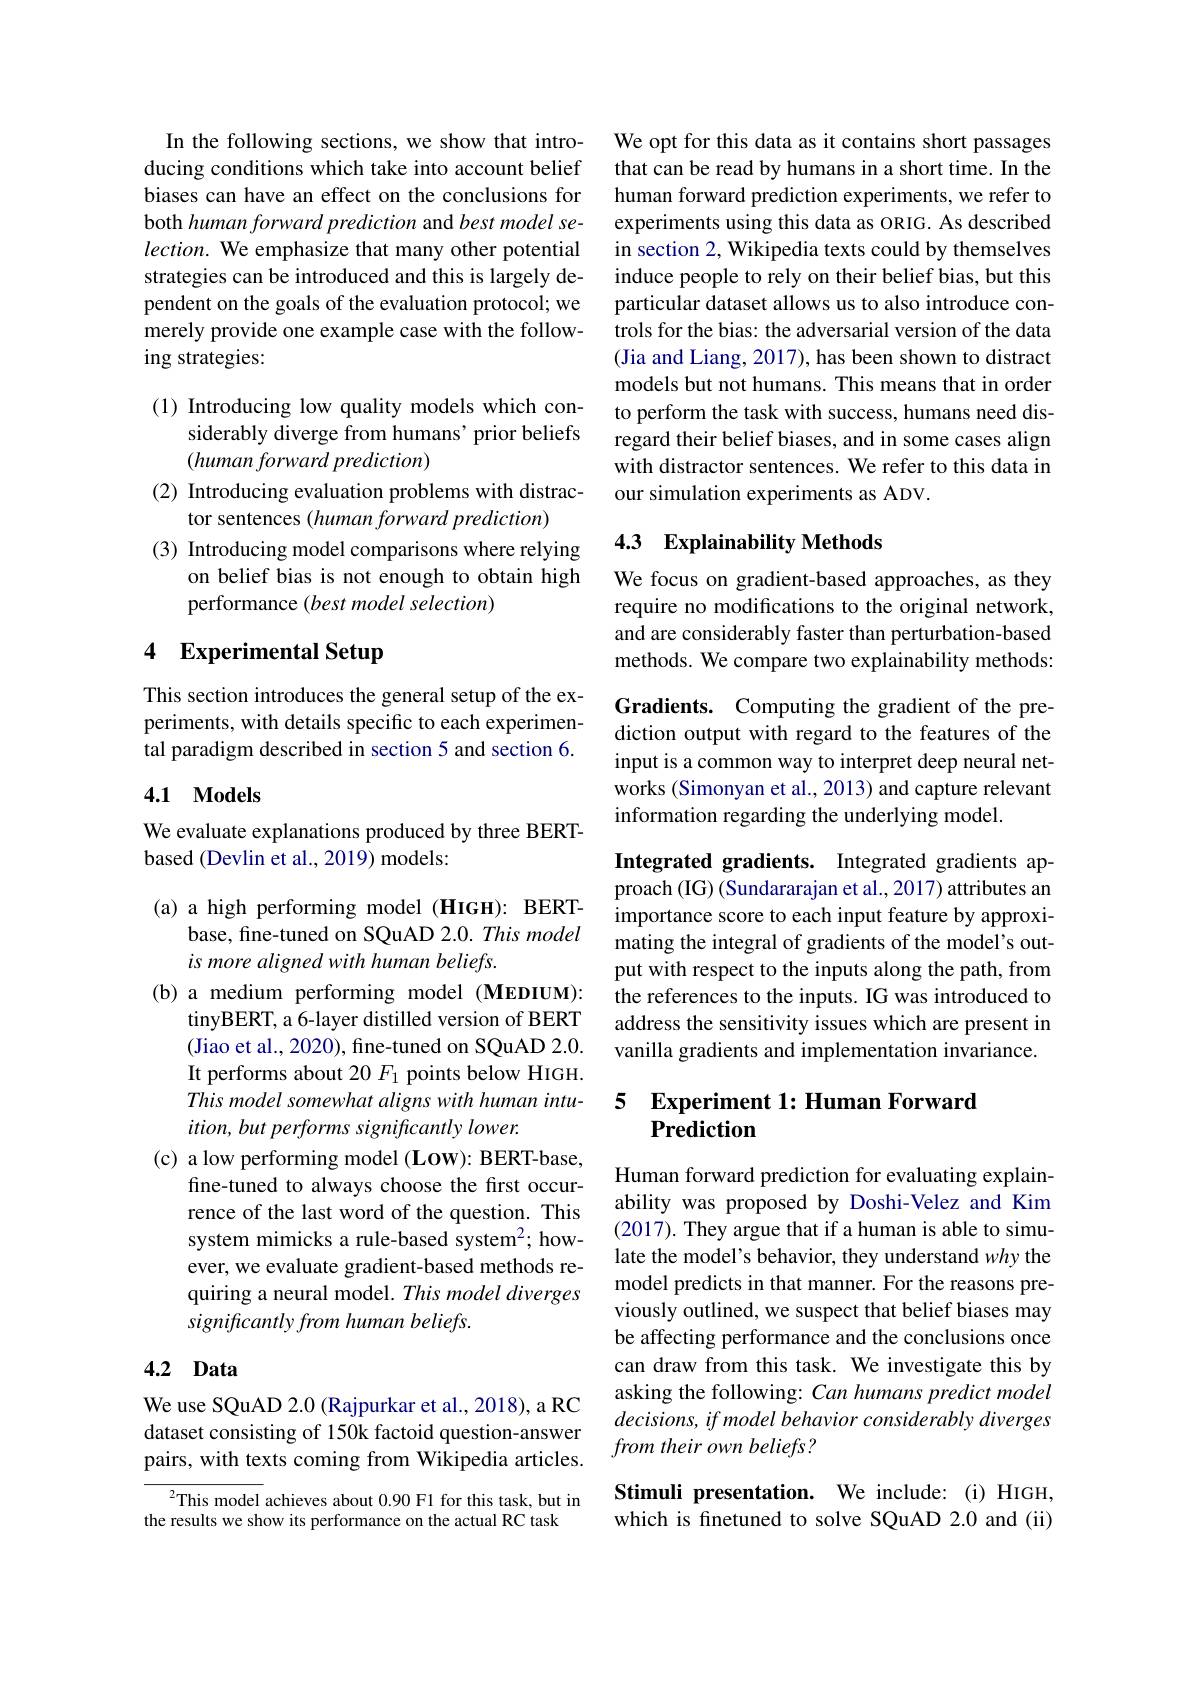
In the following sections, we show that intro- We opt for this data as it contains short passages
ducing conditions which take into account belief
biases can have an effect on the conclusions for human forward prediction experiments, we refer to
both human forward prediction and best model se- $lection.$ We emphasize that many other potential strategies can be introduced and this is largely dependent on the goals of the evaluation protocol; we merely provide one example case with the following strategies:

(1) Introducing low quality models which con-
siderably diverge from humans' prior beliefs
$(humanforwardprediction)$
(2) Introducing evaluation problems with distrac-
tor sentences $( human\textit{forward prediction})$
(3) Introducing model comparisons where relying
on belief bias is not enough to obtain high
performance (best model selection)

# 4 Experimental Setup

This section introduces the general setup of the experiments, with details specific to each experimental paradigm described in section 5 and section 6.

## 4.1 Models

We evaluate explanations produced by three BERT-
based (Devlin et al., 2019) models:

(a) a high performing model (HIGH): BERT-
base, fine-tuned on SQuAD 2.0. This model
is more aligned with human beliefs.
(b) a medium performing model (MEDIUM):
tinyBERT, a 6-layer distilled version of BERT (Jiao et al., 2020), fine-tuned on SQuAD 2.0. It performs about 20 $F_1$ points below HIGH. This model somewhat aligns with human intuition, but performs significantly lower.
(c) a low performing model (LOW): BERT-base,
fine-tuned to always choose the first occurrence of the last word of the question. This system mimicks a rule-based system$^2;$ however, we evaluate gradient-based methods requiring a neural model. This model diverges significantly from human beliefs.

## 4.2 Data

We use SQuAD 2.0 (Rajpurkar et al., 2018), a RC dataset consisting of 150k factoid question-answer pairs, with texts coming from Wikipedia articles.

$^{2}$This model achieves about 0.90 F1 for this task, but in
the results we show its performance on the actual RC task

that can be read by humans in a short time. In the experiments using this data as ORIG. As described in section 2, Wikipedia texts could by themselves induce people to rely on their belief bias, but this particular dataset allows us to also introduce controls for the bias: the adversarial version of the data (Jia and Liang, 2017), has been shown to distract models but not humans. This means that in order to perform the task with success, humans need disregard their belief biases, and in some cases align with distractor sentences. We refer to this data in our simulation experiments as ADV.

## 4.3 Explainability Methods

We focus on gradient-based approaches, as they require no modifications to the original network, and are considerably faster than perturbation-based methods. We compare two explainability methods:

Gradients. Computing the gradient of the prediction output with regard to the features of the input is a common way to interpret deep neural networks (Simonyan et al., 2013) and capture relevant information regarding the underlying model.

Integrated gradients. Integrated gradients approach (IG) (Sundararajan et al., 2017) attributes an importance score to each input feature by approximating the integral of gradients of the model's output with respect to the inputs along the path, from the references to the inputs. IG was introduced to address the sensitivity issues which are present in vanilla gradients and implementation invariance.

## 5 Experiment 1: Human Forward Prediction

Human forward prediction for evaluating explainability was proposed by Doshi-Velez and Kim (2017). They argue that if a human is able to simulate the model's behavior, they understand why the model predicts in that manner. For the reasons previously outlined, we suspect that belief biases may be affecting performance and the conclusions once can draw from this task. We investigate this by asking the following: Can humans predict model decisions, if model behavior considerably diverges from their own beliefs ?

Stimuli presentation. We include: (i) HIGH, which is finetuned to solve SQuAD 2.0 and (ii)